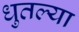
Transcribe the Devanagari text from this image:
धुतल्या